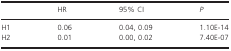
|  | HR | 95% CI | P |
 | --- | --- | --- | --- |
 | H1 | 0.06 | 0.04, 0.09 | 1.10E‐14 |
 | H2 | 0.01 | 0.00, 0.02 | 7.40E‐07 |